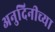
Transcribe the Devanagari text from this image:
अनुदिनीच्या